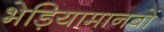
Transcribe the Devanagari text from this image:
भेड़ियामानवों